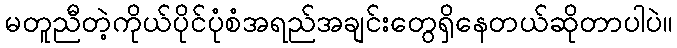
မတူညီတဲ့ကိုယ်ပိုင်ပုံစံအရည်အချင်းတွေရှိနေတယ်ဆိုတာပါပဲ။